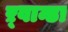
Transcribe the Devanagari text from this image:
ऱ्वान्डा